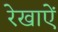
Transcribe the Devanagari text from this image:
रेखाऐं